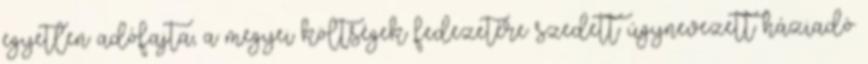
egyetlen adófajta, a megyei költségek fedezetére szedett úgynevezett háziadó